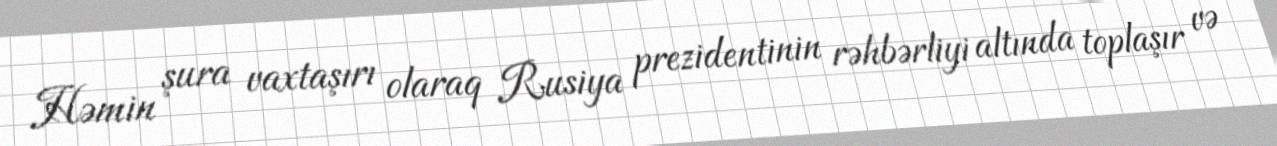
Həmin şura vaxtaşırı olaraq Rusiya prezidentinin rəhbərliyi altında toplaşır və